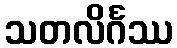
သတလိင်္ဂဿ